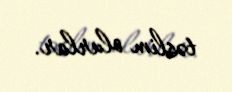
təslim olurlar.